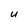
Character: u